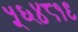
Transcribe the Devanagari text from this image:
५६४८१९